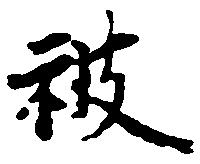
被